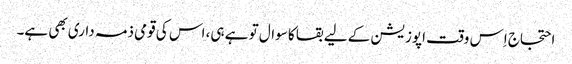
احتجاج اِس وقت اپوزیشن کے لیے بقا کا سوال تو ہے ہی، اس کی قومی ذمہ داری بھی ہے۔